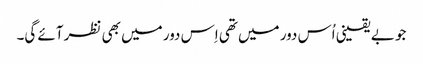
جو بے یقینی اُس دور میں تھی اِس دور میں بھی نظر آئے گی۔